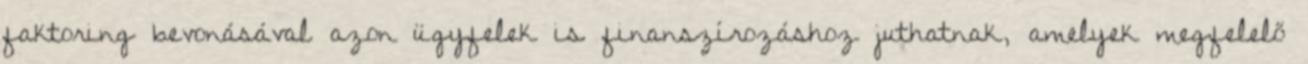
faktoring bevonásával azon ügyfelek is finanszírozáshoz juthatnak, amelyek megfelelő